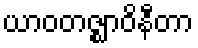
ယာဝတဇ္ဈာဝိနီတာ